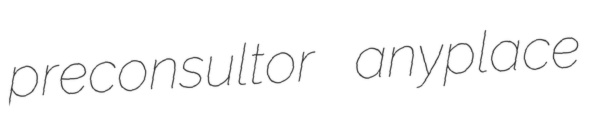
preconsultor anyplace